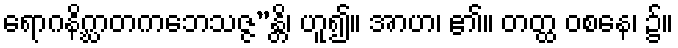
ရောဂနိဂ္ဃာတကဘေသဇ္ဇ”န္တိ၊ ဟူ၍။ အာဟ၊ ၏။ တတ္ထ ဝစနေ၊ ၌။